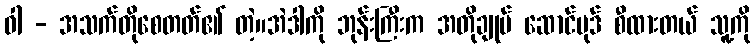
ဝါ - အသက်တိုစေတတ်၏ တဲ့။အဲဒါကို ဘုန်းကြီးက အတိုချုပ် ဆောင်ပုဒ် စီထားတယ် သူ့ကို